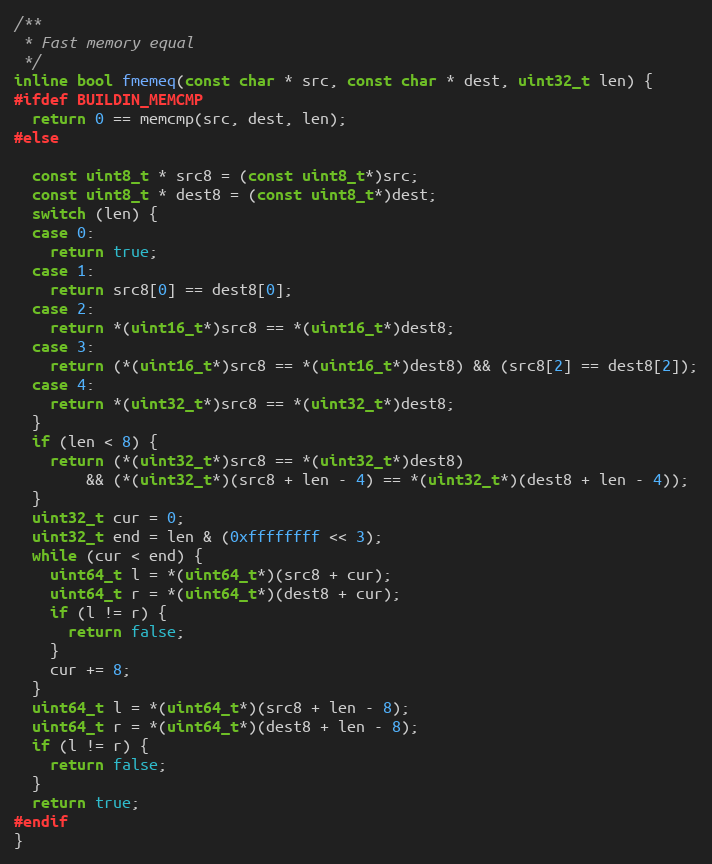
Language: C
/**
 * Fast memory equal
 */
inline bool fmemeq(const char * src, const char * dest, uint32_t len) {
#ifdef BUILDIN_MEMCMP
  return 0 == memcmp(src, dest, len);
#else

  const uint8_t * src8 = (const uint8_t*)src;
  const uint8_t * dest8 = (const uint8_t*)dest;
  switch (len) {
  case 0:
    return true;
  case 1:
    return src8[0] == dest8[0];
  case 2:
    return *(uint16_t*)src8 == *(uint16_t*)dest8;
  case 3:
    return (*(uint16_t*)src8 == *(uint16_t*)dest8) && (src8[2] == dest8[2]);
  case 4:
    return *(uint32_t*)src8 == *(uint32_t*)dest8;
  }
  if (len < 8) {
    return (*(uint32_t*)src8 == *(uint32_t*)dest8)
        && (*(uint32_t*)(src8 + len - 4) == *(uint32_t*)(dest8 + len - 4));
  }
  uint32_t cur = 0;
  uint32_t end = len & (0xffffffff << 3);
  while (cur < end) {
    uint64_t l = *(uint64_t*)(src8 + cur);
    uint64_t r = *(uint64_t*)(dest8 + cur);
    if (l != r) {
      return false;
    }
    cur += 8;
  }
  uint64_t l = *(uint64_t*)(src8 + len - 8);
  uint64_t r = *(uint64_t*)(dest8 + len - 8);
  if (l != r) {
    return false;
  }
  return true;
#endif
}